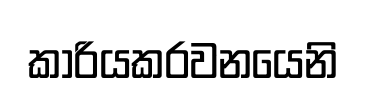
කාරියකරවනයෙනි